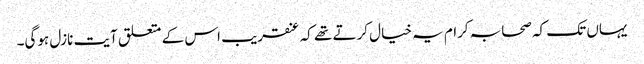
یہاں تک کہ صحابہ کرام یہ خیال کرتے تھے کہ عنقریب اس کے متعلق آیت نازل ہوگی۔